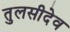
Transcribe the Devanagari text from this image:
तुलसीदेव